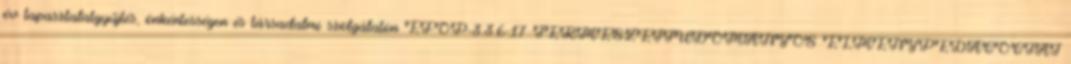
év tapasztalatgyűjtés, önkéntességen és társadalmi szolgálaton EFOP-3.3.6-17 TERMÉSZETTUDOMÁNYOS ÉLMÉNYPEDAGÓGIAI